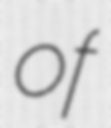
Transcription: of